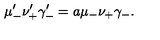
\mu _ { - } ^ { \prime } \nu _ { + } ^ { \prime } \gamma _ { - } ^ { \prime } = a \mu _ { - } \nu _ { + } \gamma _ { - } .